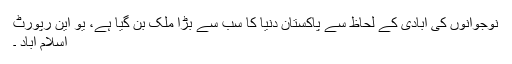
نوجوانوں کی آبادی کے لحاظ سے پاکستان دنیا کا سب سے بڑا ملک بن گیا ہے، یو این رپورٹ
اسلام آباد ۔